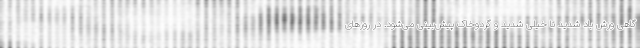
گاهی وزش باد شدید تا خیلی شدید و گردوخاک پیش‌بینی می‌شود. در روزهای